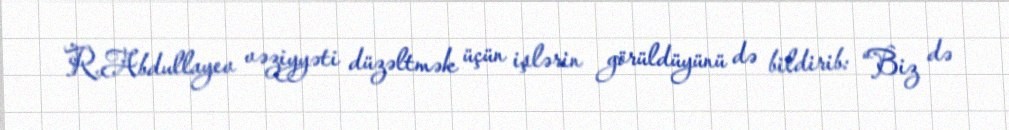
R.Abdullayev vəziyyəti düzəltmək üçün işlərin görüldüyünü də bildirib: “Biz də